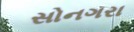
સોનગરા